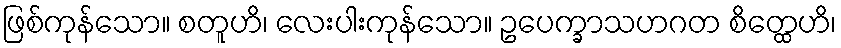
ဖြစ်ကုန်သော။ စတူဟိ၊ လေးပါးကုန်သော။ ဥပေက္ခာသဟဂတ စိတ္ထေဟိ၊